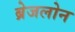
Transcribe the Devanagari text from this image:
ब्रेजलोन